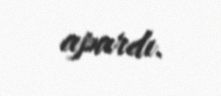
apardı.